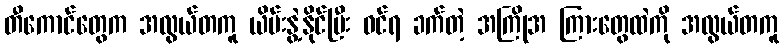
တီကောင်တွေက အလွယ်တကူ ယိမ်းနွဲ့နိုင်ပြီး ဝင်ရ ခက်တဲ့ အကြိုအ ကြားတွေထဲကို အလွယ်တကူ